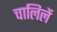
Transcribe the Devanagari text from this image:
चालिलें